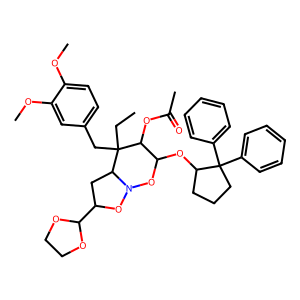
SMILES: CCC1(Cc2ccc(OC)c(OC)c2)C(OC(C)=O)C(OC2CCCC2(c2ccccc2)c2ccccc2)ON2OC(C3OCCO3)CC21
Inhibits HIV replication: No